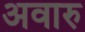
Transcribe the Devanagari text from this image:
अवारु